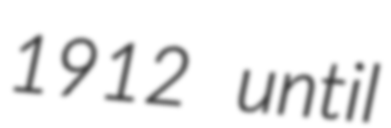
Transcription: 1912 until